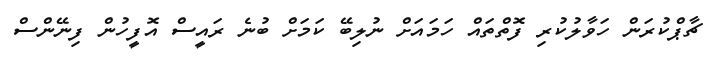
ޗާޕްކުރަން ހަވާލުކުރި ފޮތްތައް ހަމައަށް ނުލިބޭ ކަމަށް ބުނެ ރައީސް އޮފީހުން ފިނޭންސް